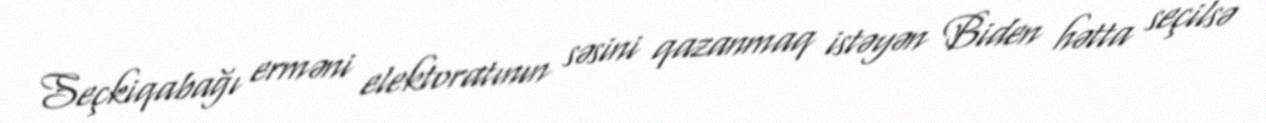
Seçkiqabağı erməni elektoratının səsini qazanmaq istəyən Biden hətta seçilsə